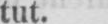
tut.